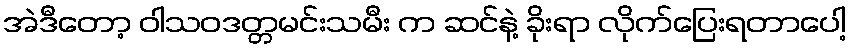
အဲဒီတော့ ဝါသဝဒတ္တမင်းသမီး က ဆင်နဲ့ ခိုးရာ လိုက်ပြေးရတာပေါ့